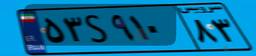
۰۹S۴۳۳۳۹